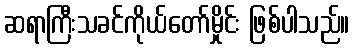
ဆရာကြီးသခင်ကိုယ်တော်မှိုင်း ဖြစ်ပါသည်။